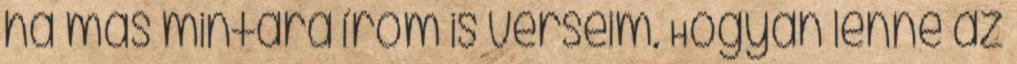
ha más mintára írom is verseim. Hogyan lenne az